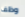
وظف